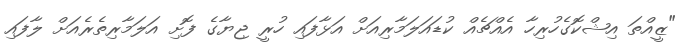
"ޒީއްތަ އިޝްކޮގެހުރިހާ އެއްޗެއް ކުޑައަލަމާރިއަށް އަޅާފައި ހުރީ ޖިޔާގެ ފޮށި އަލަމާރިތެރެއަށް ލާފައި